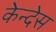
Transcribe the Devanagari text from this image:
केन्देस